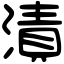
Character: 漬